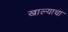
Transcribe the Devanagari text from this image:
खाल्याचा